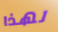
لهذا